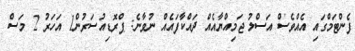
ފެންޓަމްގައި އެއްވެސް އަސްލު ޖަމިއްޔާއެއް ދައްކާފައެއް ނުވާނެ: ޕްރޮޑިއުސަރުން1 އަހަރު 2 މަސް